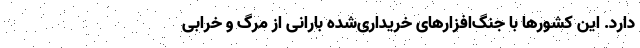
دارد. این کشورها با جنگ‌افزارهای خریداری‌شده بارانی از مرگ و خرابی